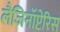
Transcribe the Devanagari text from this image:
लैजिनॉप्टेरिस